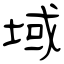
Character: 域